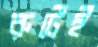
রুটেই